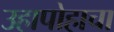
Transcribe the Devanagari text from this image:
उहापोहाचा